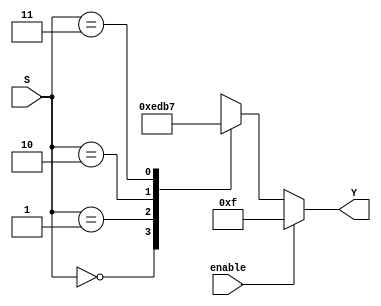
module decoder_4(output reg [3:0] Y, input [1:0] S, input enable);
	always @ (S, enable)
		begin		
			if(!enable)
				case(S)
					2'b00: Y = 4'b1110;
					2'b01: Y = 4'b1101;
					2'b10: Y = 4'b1011;
					2'b11: Y = 4'b0111;
				endcase
			else
				Y = 4'b1111;
		end
endmodule